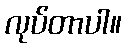
လုပ်တာပါ။